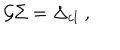
\mathcal { G } \Sigma = \Delta _ { \mathrm { c l } } \; ,